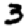
Digit: 3